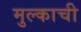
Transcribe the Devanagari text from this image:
मुल्काची